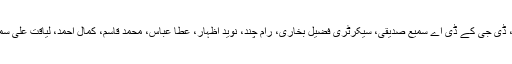
اجلاس کے موقع پر سیکرٹری بلدیات خالد حیدر شاہ، ڈی جی کے ڈی اے سمیع صدیقی، سیکرٹری فضیل بخاری، رام چند، نوید اظہار، عطا عباس، محمد قاسم، کمال احمد، لیاقت علی سمیت کے ڈی اے کے دیگر اعلیٰ افسران موجود تھے۔